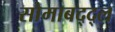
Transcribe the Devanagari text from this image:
सोमाबद्द्ल